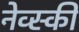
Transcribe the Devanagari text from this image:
नेव्स्की